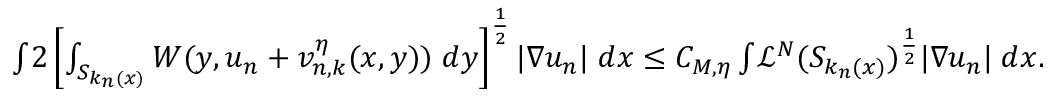
\begin{array} { r l } & { \int _ { \o } { 2 \left[ \int _ { S _ { k _ { n } ( x ) } } W ( y , u _ { n } + v _ { n , k } ^ { \eta } ( x , y ) ) \; d y \right] ^ { \frac { 1 } { 2 } } | \nabla u _ { n } | \; d x } \leq C _ { M , \eta } \int _ { \o } { \mathcal { L } ^ { N } ( S _ { k _ { n } ( x ) } ) ^ { \frac { 1 } { 2 } } | \nabla u _ { n } | \; d x } . } \end{array}